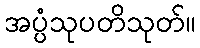
အပ္ပံသုပတိသုတ်။